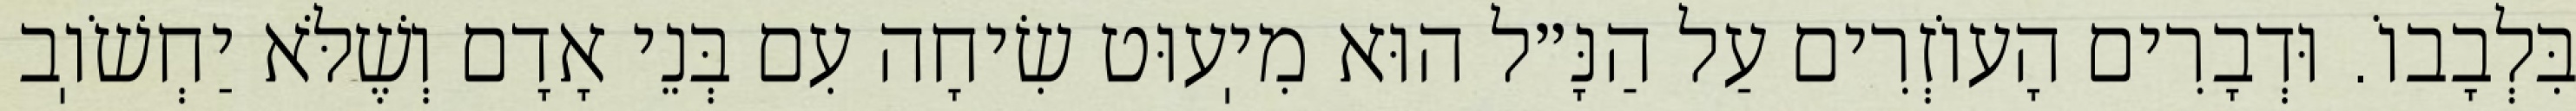
בִּלְבָבוֹ. וּדְבָרִים הָעוֹזְרִים עַל הַנָּ״ל הוּא מִיֽעוּט שִׂיחָה עִם בְּנֵי אָדָם וְשֶׁלֹּא יַחְשֹׁוֽב